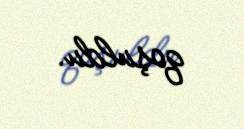
qoşuldu.